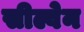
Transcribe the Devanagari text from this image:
सील्वेन